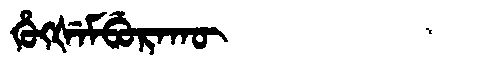
Manchu: ᡥᡠᡴᡧᡝᠮᠪᡠᡵᠠᡴᡡ
Romanization: HUKŠEMBURAKŪ